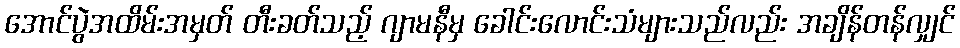
အောင်ပွဲအထိမ်းအမှတ် တီးခတ်သည့် ဂျာမနီမှ ခေါင်းလောင်းသံများသည်လည်း အချိန်တန်လျှင်